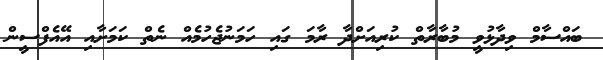
ބައްސާމް ވިދާޅުވީ މުބާރާތް ކުރިއަށްދާ ރާމަ ގައި ހަމަނުޖެހުމެއް ނެތް ކަމަށާއި އޭއެފްސީން